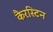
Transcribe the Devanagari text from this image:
कैरस्टिन